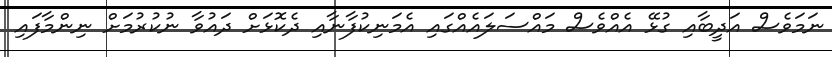
ނަމަވެސް އަދީބާއި ގުޅޭ އެއްވެސް މައްސަލަައެއްގައި އެމަނިކުފާނާއި ދެކޮޅަށް ދައުވާ ނުކުރުމަށް ނިންމާފައި